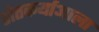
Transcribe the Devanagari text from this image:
शेतकर्याआला